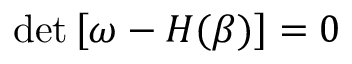
\operatorname* { d e t } \left[ \omega - H ( \beta ) \right] = 0